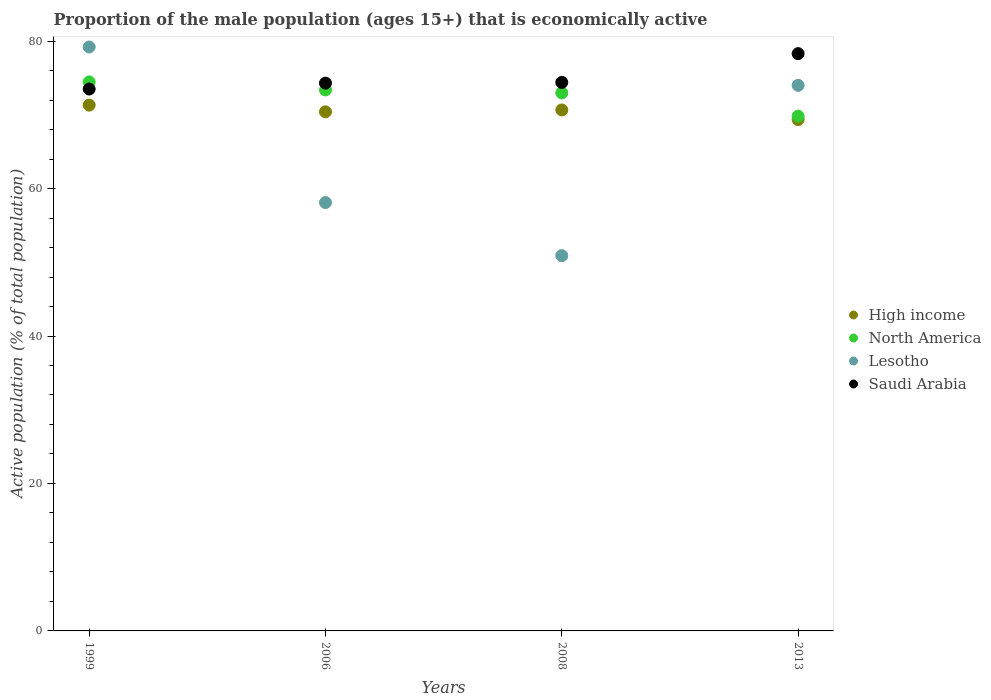
| Years | High income | North America | Lesotho | Saudi Arabia |
 | --- | --- | --- | --- | --- |
 | 1999 | 71.3 | 74.5 | 79.2 | 73.5 |
 | 2006 | 70.4 | 73.4 | 58.1 | 74.3 |
 | 2008 | 70.7 | 73 | 50.9 | 74.4 |
 | 2013 | 69.4 | 69.8 | 74 | 78.3 |